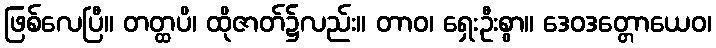
ဖြစ်လေပြီ။ တတ္ထပိ၊ ထိုဇာတ်၌လည်း။ တာဝ၊ ရှေးဦးစွာ။ ဒေဝဒတ္တောယေဝ၊